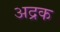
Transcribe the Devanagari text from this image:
अद्रक